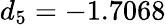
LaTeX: d_{5}=-1.7068